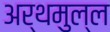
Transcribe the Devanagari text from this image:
अर्थमुल्ल